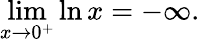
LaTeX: \operatorname*{lim}_{x\to 0^{+}}\ln x=-\infty.